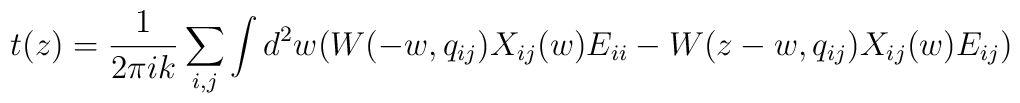
t(z)=\frac1{2\pi ik}\sum_{i,j}\int d^2 w ( W(-w,q_{ij})X_{ij}(w)E_{ii}-W(z-w,q_{ij})X_{ij}(w)E_{ij} )